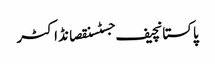
پاکستانچیف جسٹسنقصانڈاکٹر